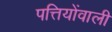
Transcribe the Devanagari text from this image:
पत्तियोंवाली